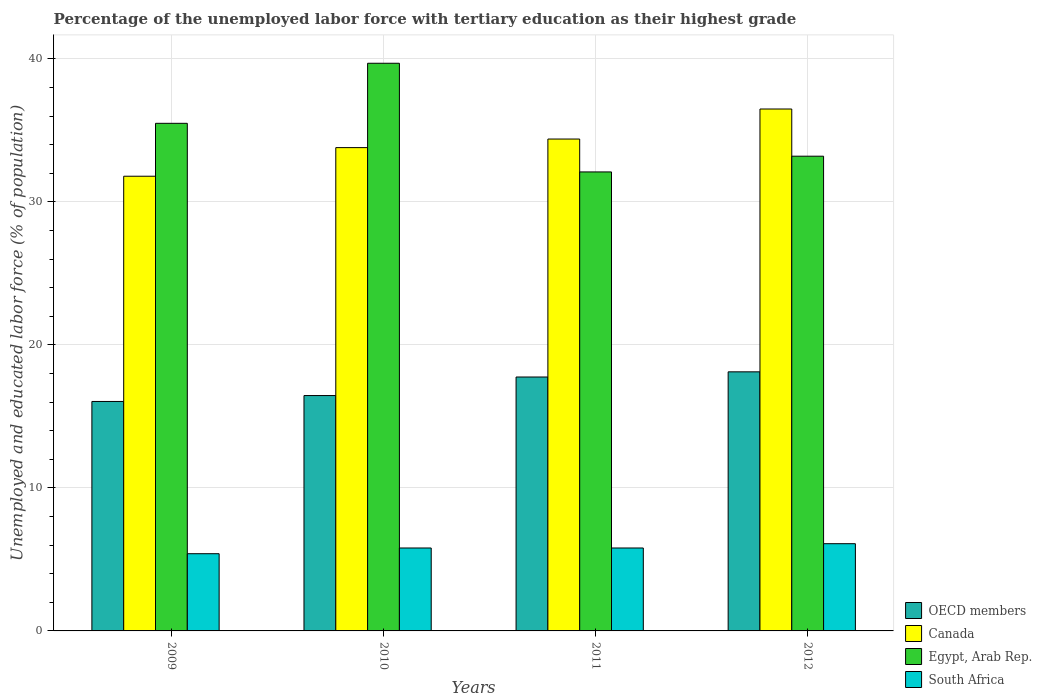
| Years | OECD members | Canada | Egypt, Arab Rep. | South Africa |
 | --- | --- | --- | --- | --- |
 | 2009 | 16 | 31.8 | 35.5 | 5.4 |
 | 2010 | 16.5 | 33.8 | 39.7 | 5.8 |
 | 2011 | 17.8 | 34.4 | 32.1 | 5.8 |
 | 2012 | 18.1 | 36.5 | 33.2 | 6.1 |